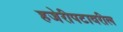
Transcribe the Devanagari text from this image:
हजेरीपटावरील